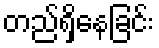
တည်ရှိနေခြင်း